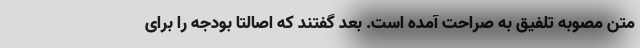
متن مصوبه تلفیق به صراحت آمده است. بعد گفتند که اصالتا بودجه را برای